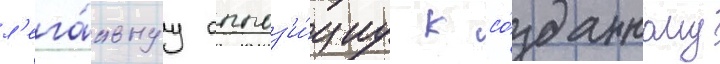
л'ега́льнуу оппоз'и́циу к со́зданному